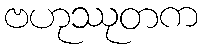
ဗဟုဿုတက